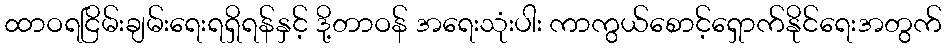
ထာဝရငြိမ်းချမ်းရေးရရှိရန်နှင့် ဒို့တာဝန် အရေးသုံးပါး ကာကွယ်စောင့်ရှောက်နိုင်ရေးအတွက်